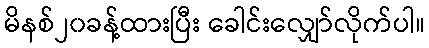
မိနစ်၂၀ခန့်ထားပြီး ခေါင်းလျှော်လိုက်ပါ။